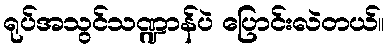
ရုပ်အသွင်သဏ္ဍာန်ပဲ ပြောင်းလဲတယ်။